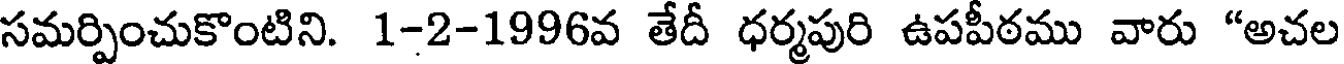
సమర్పించుకొంటిని. 1-2-1996వ తేదీ ధర్మపురి ఉపపీఠము వారు "అచల